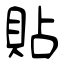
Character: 貼